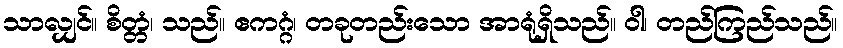
သာလျှင်။ စိတ္တံ၊ သည်။ ဧကဂ္ဂံ၊ တခုတည်းသော အာရုံရှိသည်။ ဝါ၊ တည်ကြည်သည်။